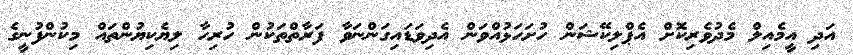
އަދި އީމެއިލް މެދުވެރިކޮށް އެޕްލިކޭޝަން ހުށަހަޅުއްވަން އެދިވަޑައިގަންނަވާ ފަރާތްތަކުން ހުރިހާ ލިޔެކިޔުންތައް މިކުންފުނީގެ